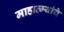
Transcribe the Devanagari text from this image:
माहात्म्यांचे